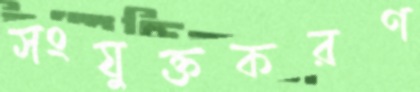
সংযুক্তকরণ